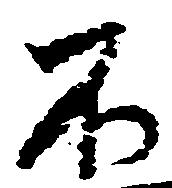
不